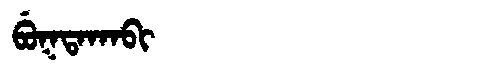
Manchu: ᠪᡠᡴᡨᠠᡴᠠᠪᡳ
Romanization: BUKTAKABI